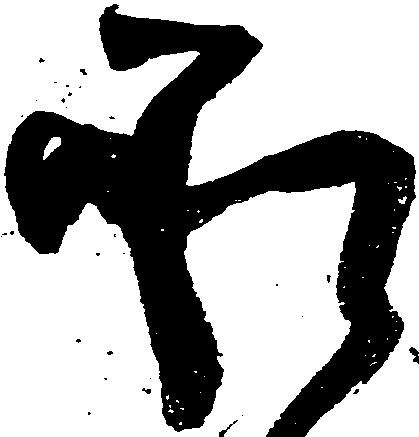
承